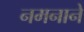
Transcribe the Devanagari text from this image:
नमनाने